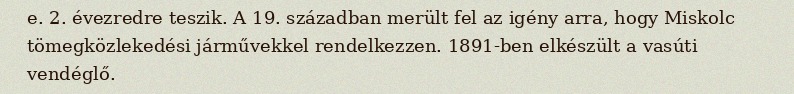
e. 2. évezredre teszik. A 19. században merült fel az igény arra, hogy Miskolc tömegközlekedési járművekkel rendelkezzen. 1891-ben elkészült a vasúti vendéglő.